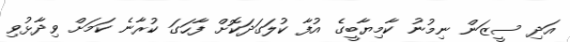
އަދި ސީޒަން ނިމުނު ކާމިޔާބީގެ އުފާ ކުލަގަދަކޮށް ފާހަގަ ކުރާނެ ކަމަށް ވިދާޅުވި